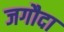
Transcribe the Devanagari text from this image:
जगौदा